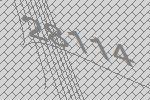
28114